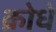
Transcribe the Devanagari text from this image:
क्रोधे